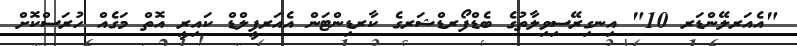
"އެއަރލޭންޑަރ 10" އިނގިރޭސިވިލާތުގެ ބެޑްފޯރޑްޝަރގެ ކާރޑިންޓަން އެއަރފީލްޑް ކައިރީ އޮތް މަގެއް ހުރަސްކޮށް